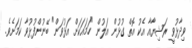
ވިދާޅުވީ ރަޝިޔާއާ އެކު އޮތް ގުޅުން އަލުން "ހަމައަކަށް އަޅުވަން" ބޭނުންފުޅުވާ ކަމަށެވެ.